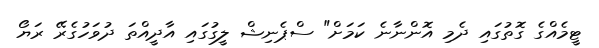
ޓީމެއްގެ ގޮތުގައި ދެމި އޮންނާނެ ކަމަށް" ސްޕެނިޝް ލީގުގައި އާދީއްތަ ދުވަހުގެރޭ ރަޔޯ